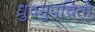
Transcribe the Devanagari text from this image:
ध्रुवमुपचितो